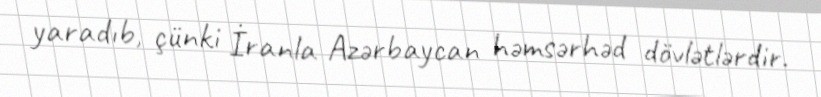
yaradıb, çünki İranla Azərbaycan həmsərhəd dövlətlərdir.